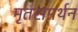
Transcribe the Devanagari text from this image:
मृतसमर्थन